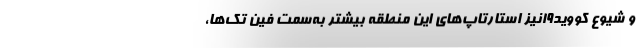
و شیوع کووید۱۹نیز استارتاپ‌های این منطقه بیشتر به‌سمت فین تک‌ها،